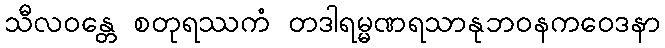
သီလဝန္တေ စတုရဿကံ တဒါရမ္မဏရသာနုဘဝနကဝေဒနာ